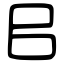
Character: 㠯